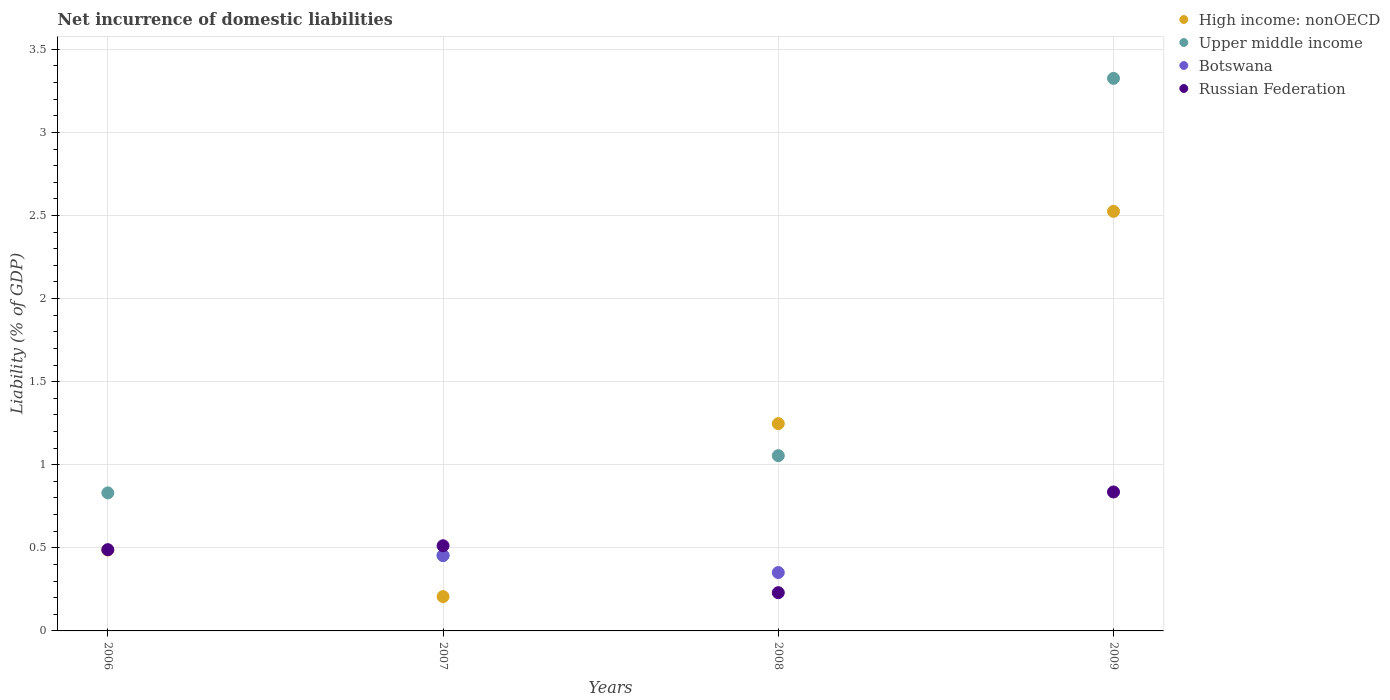
| Years | High income: nonOECD | Upper middle income | Botswana | Russian Federation |
 | --- | --- | --- | --- | --- |
 | 2006 | 0.487 | 0.831 | -0.564 | 0.489 |
 | 2007 | 0.207 | 0.454 | 0.454 | 0.513 |
 | 2008 | 1.25 | 1.05 | 0.351 | 0.23 |
 | 2009 | 2.52 | 3.33 | -1.71 | 0.836 |